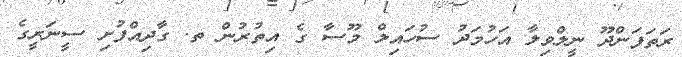
ރަތަފަންދޫ ނީލްވިލާ އަހުމަދު ސުހައިލް މޫސާ ގެ އިތުރުން ތ. ގާދިއްފުށި ސީނަރީގެ